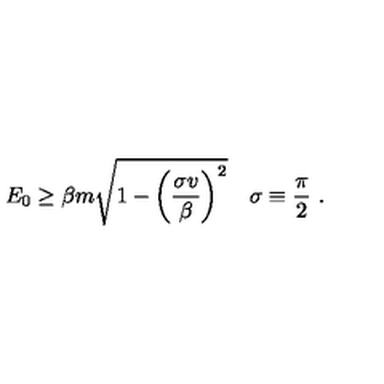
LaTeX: E _ { 0 } \ge \beta m \sqrt { 1 - \left( \frac { \sigma v } { \beta } \right) ^ { 2 } } \quad \sigma \equiv \frac { \pi } { 2 } \ .